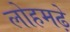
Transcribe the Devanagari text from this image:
लोहमढ़े